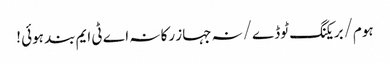
ہوم/بریکنگ ٹوڈے/نہ جہاز رکا نہ اے ٹی ایم بند ہوئی !